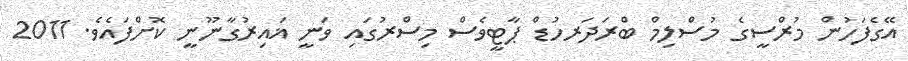
އޭގެފަހުން މުރްސީގެ މުސްލިމް ބްރަދަރހުޑް ޕާޓީވެސް މިސްރުގައި ވަނީ ޣައިރުގާނޫނީ ކޮށްފައެވެ. 2011